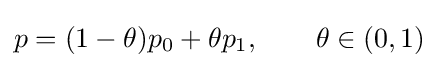
p=(1-\theta )p_{0}+\theta p_{1},\qquad \theta \in (0,1)